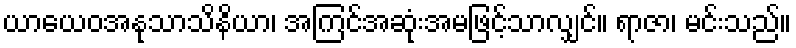
ယာယေဝအနုသာသိနိယာ၊ အကြင်အဆုံးအမဖြင့်သာလျှင်။ ရာဇာ၊ မင်းသည်။